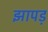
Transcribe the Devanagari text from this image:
झापड़